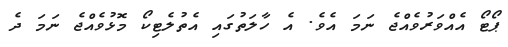
ޕޯޓޯ އެއްވަރުވެއްޖެ ނަމަ އެވެ. އެ ހާލަތުގައި އެތުލެޓިކޯ މޮޅުވެއްޖެ ނަމަ ދެ